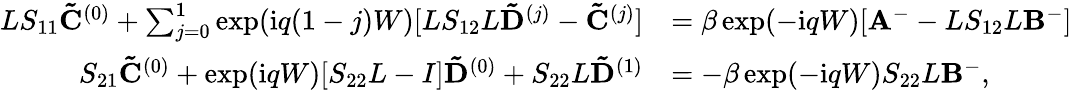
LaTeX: \begin{array}{rl}{LS_{11}\mathbf{\tilde{C}}^{(0)}+\sum_{j=0}^{1}\exp(\mathrm{i}q(1-j)W)[LS_{12}L\mathbf{\tilde{D}}^{(j)}-\mathbf{\tilde{C}}^{(j)}]}&{=\beta\exp(-\mathrm{i}qW)[\mathbf{A}^{-}-LS_{12}L\mathbf{B}^{-}]}\\ {S_{21}\mathbf{\tilde{C}}^{(0)}+\exp(\mathrm{i}qW)[S_{22}L-I]\mathbf{\tilde{D}}^{(0)}+S_{22}L\mathbf{\tilde{D}}^{(1)}}&{=-\beta\exp(-\mathrm{i}qW)S_{22}L\mathbf{B}^{-},}\end{array}